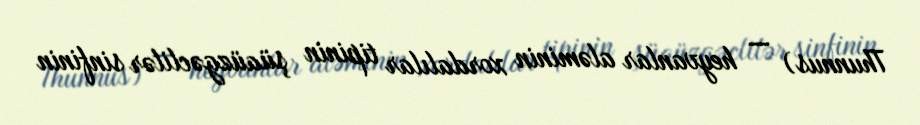
Thunnus) — heyvanlar aləminin xordalılar tipinin şüaüzgəclilər sinfinin